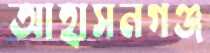
আহাসনগঞ্জ